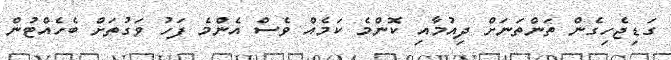
ގަޑިޖެހިގެން ތަންތަނަށް ދިއުމާއި ކޮންމެ ކަމެއް ވެސް އެންމެ ފަހު ވަގުތަށް ބެހެއްޓުން